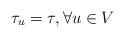
LaTeX: \begin{align*} \tau_u=\tau, \forall u\in V\end{align*}